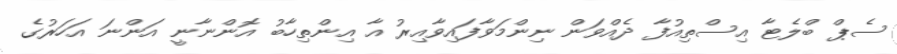
ސެޕް ބްލެޓާ އިސްތިއުފާ ދެއްވަން ނިންމަވާފައިވާއިރު އާ އިންތިހާބު އޮންނާނީ އަންނަ އަހަރުގެ